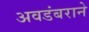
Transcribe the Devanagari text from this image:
अवडंबराने